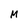
Character: M